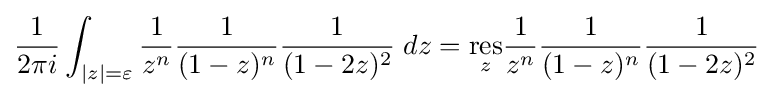
{\frac {1}{2\pi i}}\int _{|z|=\varepsilon }{\frac {1}{z^{n}}}{\frac {1}{(1-z)^{n}}}{\frac {1}{(1-2z)^{2}}}\;dz={\underset {z}{\mathrm {res} }}{\frac {1}{z^{n}}}{\frac {1}{(1-z)^{n}}}{\frac {1}{(1-2z)^{2}}}